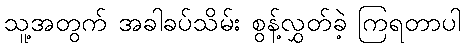
သူ့အတွက် အခါခပ်သိမ်း စွန့်လွှတ်ခဲ့ ကြရတာပါ